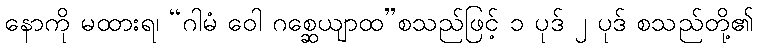
နောကို မထားရ၊ “ဂါမံ ဝေါ ဂစ္ဆေယျာထ”စသည်ဖြင့် ၁ ပုဒ် ၂ ပုဒ် စသည်တို့၏